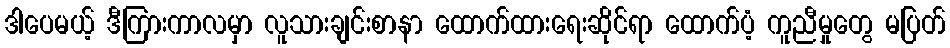
ဒါပေမယ့် ဒီကြားကာလမှာ လူသားချင်းစာနာ ထောက်ထားရေးဆိုင်ရာ ထောက်ပံ့ ကူညီမှုတွေ မပြတ်